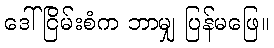
ဒေါ်ငြိမ်းစံက ဘာမျှ ပြန်မဖြေ။